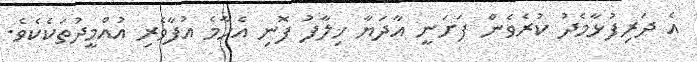
އެ ދަރިފުޅާމެދު ކުރެވެން ފަށަނީ އާދަޔާ ޚިލާފު ފޮނި އެހާމެ އުފާވެރި އުއްމީދުތަކެކެވެ.